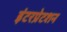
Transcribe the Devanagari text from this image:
इंटरप्रेटशन